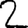
Digit: 2